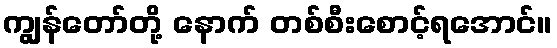
ကျွန်တော်တို့ နောက် တစ်စီးစောင့်ရအောင်။